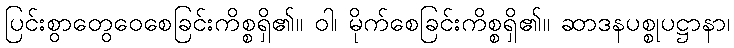
ပြင်းစွာတွေဝေစေခြင်းကိစ္စရှိ၏။ ဝါ၊ မိုက်စေခြင်းကိစ္စရှိ၏။ ဆာဒနပစ္စုပဋ္ဌာနာ၊